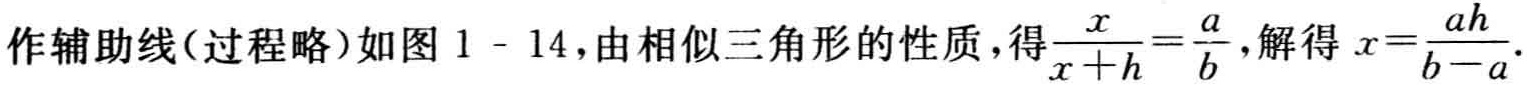
作辅助线（过程略）如图1 - 14，由相似三角形的性质，得$\frac{x}{x + h}=\frac{a}{b}$，解得$x = \frac{ah}{b - a}$.